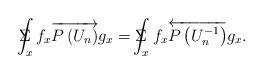
LaTeX: \begin{align*}\Sigma \!\!\!\!\!\!\int_xf_x\overrightarrow{P\left( U_n\right) }g_x=\Sigma\!\!\!\!\!\!\int_xf_x\overleftarrow{P\left( U_n^{-1}\right) }g_x.\end{align*}